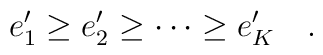
e_1^{\prime }\ge e_2^{\prime }\ge \cdots \ge e_K^{\prime}\quad .